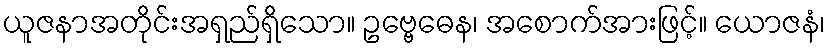
ယူဇနာအတိုင်းအရှည်ရှိသော။ ဥဗ္ဗေဓေန၊ အစောက်အားဖြင့်။ ယောဇနံ၊